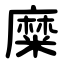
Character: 糜